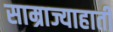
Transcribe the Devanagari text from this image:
साम्राज्याहाती